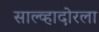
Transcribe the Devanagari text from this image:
साल्व्हादोरला